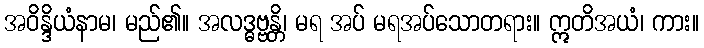
အဝိန္ဒိယံနာမ၊ မည်၏။ အလဒ္ဓဗ္ဗန္တိ၊ မရ အပ် မရအပ်သောတရား။ ဣတိအယံ၊ ကား။